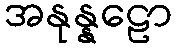
အနုန္နဠော